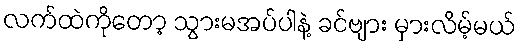
လက်ထဲကိုတော့ သွားမအပ်ပါနဲ့ ခင်ဗျား မှားလိမ့်မယ်